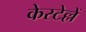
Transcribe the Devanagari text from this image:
केस्टेल्लें